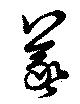
羲